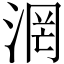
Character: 𣶈